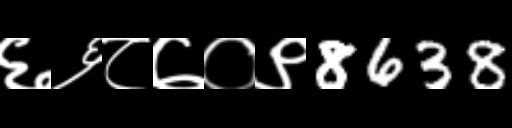
Text: ६६८७०९8638